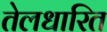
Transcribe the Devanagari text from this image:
तेलधारित